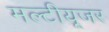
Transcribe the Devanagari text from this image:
मल्टीयूजर